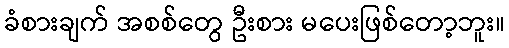
ခံစားချက် အစစ်တွေ ဦးစား မပေးဖြစ်တော့ဘူး။